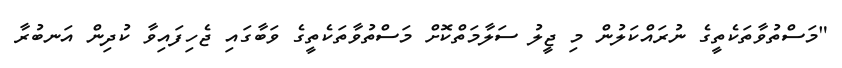
"މަސްތުވާތަކެތީގެ ނުރައްކަލުން މި ޖީލު ސަލާމަތްކޮށް މަސްތުވާތަކެތީގެ ވަބާގައި ޖެހިފައިވާ ކުދިން އަނބުރާ